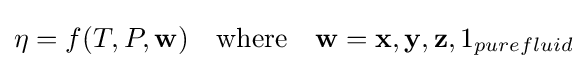
\eta =f(T,P,\mathbf {w} )\quad {\text{where}}\quad \mathbf {w} =\mathbf {x} ,\mathbf {y} ,\mathbf {z} ,1_{purefluid}